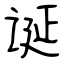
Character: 诞